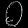
Digit: ၀